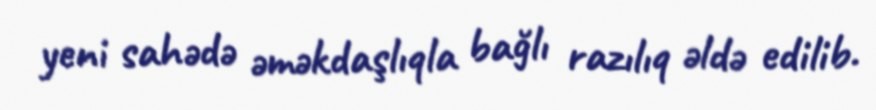
yeni sahədə əməkdaşlıqla bağlı razılıq əldə edilib.